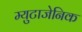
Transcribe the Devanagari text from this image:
म्युटाजेनिक